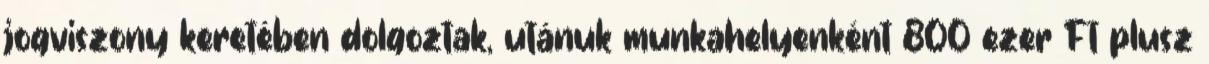
jogviszony keretében dolgoztak, utánuk munkahelyenként 800 ezer Ft plusz